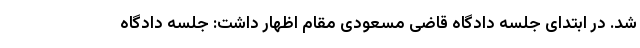
شد. در ابتدای جلسه دادگاه قاضی مسعودی مقام اظهار داشت: جلسه دادگاه